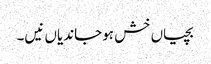
بچیاں خش ہوجاندیاں نیں۔